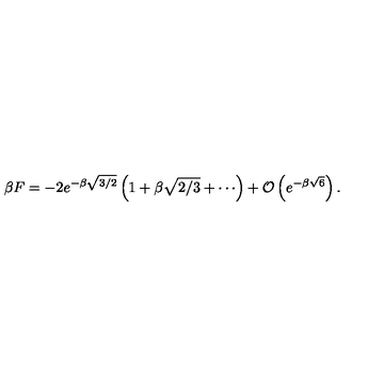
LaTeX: \beta F = - 2 e ^ { - \beta \sqrt { 3 / 2 } } \left( 1 + \beta \sqrt { 2 / 3 } + \cdots \right) + { \cal O } \left( e ^ { - \beta \sqrt { 6 } } \right) .